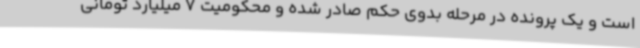
است و یک پرونده در مرحله بدوی حکم صادر شده و محکومیت 7 میلیارد تومانی